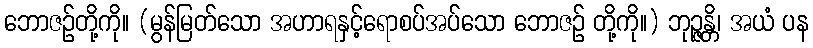
ဘောဇဉ်တို့ကို။ (မွန်မြတ်သော အဟာရနှင့်ရောစပ်အပ်သော ဘောဇဉ် တို့ကို။) ဘုဉ္ဇန္တိ၊ အယံ ပန